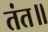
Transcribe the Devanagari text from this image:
तंत॥